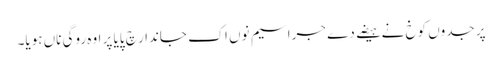
پر جدوں کوخ نے ہیضے دے جراسیم نوں اک جاندار چ پایا پر اوہ روگی ناں ہویا۔